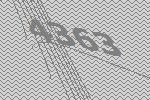
4363